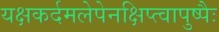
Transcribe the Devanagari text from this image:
यक्षकर्दमलेपेनक्षिप्त्वापुष्पैः